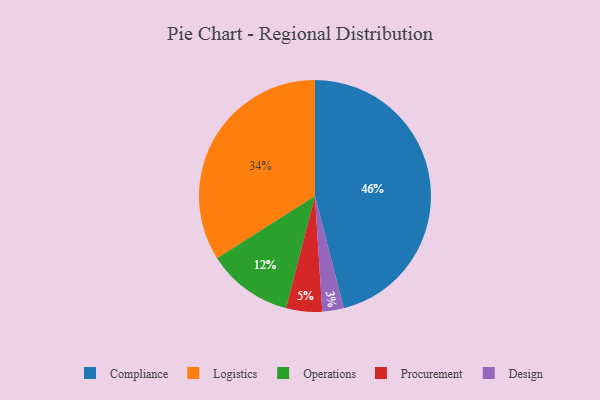
{"axis": {"x": "Category", "y": "Percentage"}, "legend": ["Compliance", "Design", "Logistics", "Operations", "Procurement"], "data": [{"x": "Compliance", "y": 46, "type": "Compliance"}, {"x": "Procurement", "y": 5, "type": "Procurement"}, {"x": "Design", "y": 3, "type": "Design"}, {"x": "Operations", "y": 12, "type": "Operations"}, {"x": "Logistics", "y": 34, "type": "Logistics"}]}